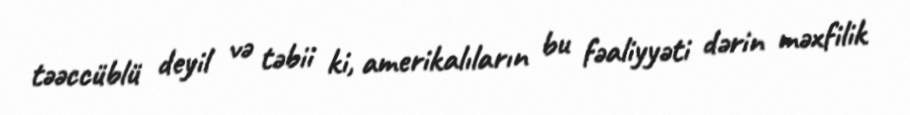
təəccüblü deyil və təbii ki, amerikalıların bu fəaliyyəti dərin məxfilik